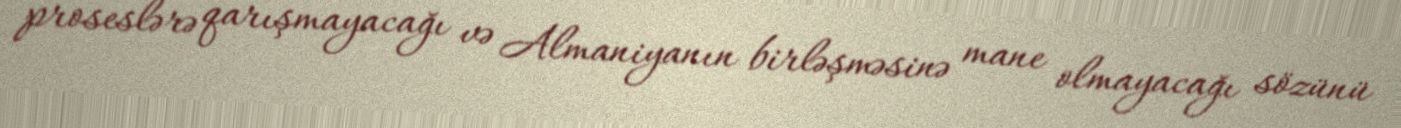
proseslərə qarışmayacağı və Almaniyanın birləşməsinə mane olmayacağı sözünü